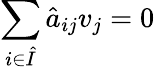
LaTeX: \sum_{i\in\hat{I}}\hat{a}_{ij}v_{j}=0